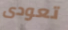
تعودى